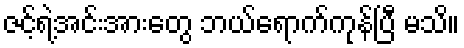
ဇင့်ရဲ့အင်းအားတွေ ဘယ်ရောက်ကုန်ပြီ မသိ။